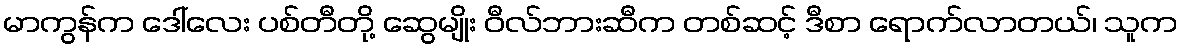
မာကွန်က ဒေါ်လေး ပစ်တီတို့ ဆွေမျိုး ဝီလ်ဘားဆီက တစ်ဆင့် ဒီစာ ရောက်လာတယ်၊ သူက